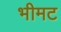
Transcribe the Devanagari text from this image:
भीमट